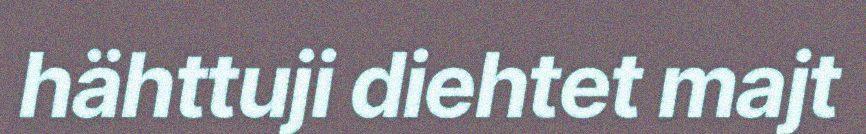
hähttuji diehtet majt